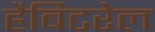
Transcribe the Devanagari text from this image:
हैबिटरेल